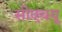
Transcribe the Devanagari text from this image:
सीएचयू